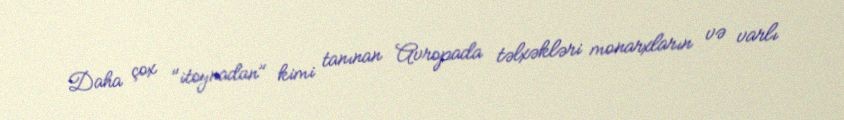
Daha çox "itoynadan" kimi tanınan Avropada təlxəkləri monarxların və varlı